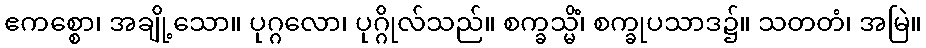
ဧကစ္စော၊ အချို့သော။ ပုဂ္ဂလော၊ ပုဂ္ဂိုလ်သည်။ စက္ခသ္မိံ၊ စက္ခုပသာဒ၌။ သတတံ၊ အမြဲ။